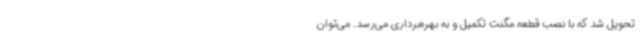
تحویل شد که با نصب قطعه مگنت تکمیل و به بهره‌برداری می‌رسد. می‌توان